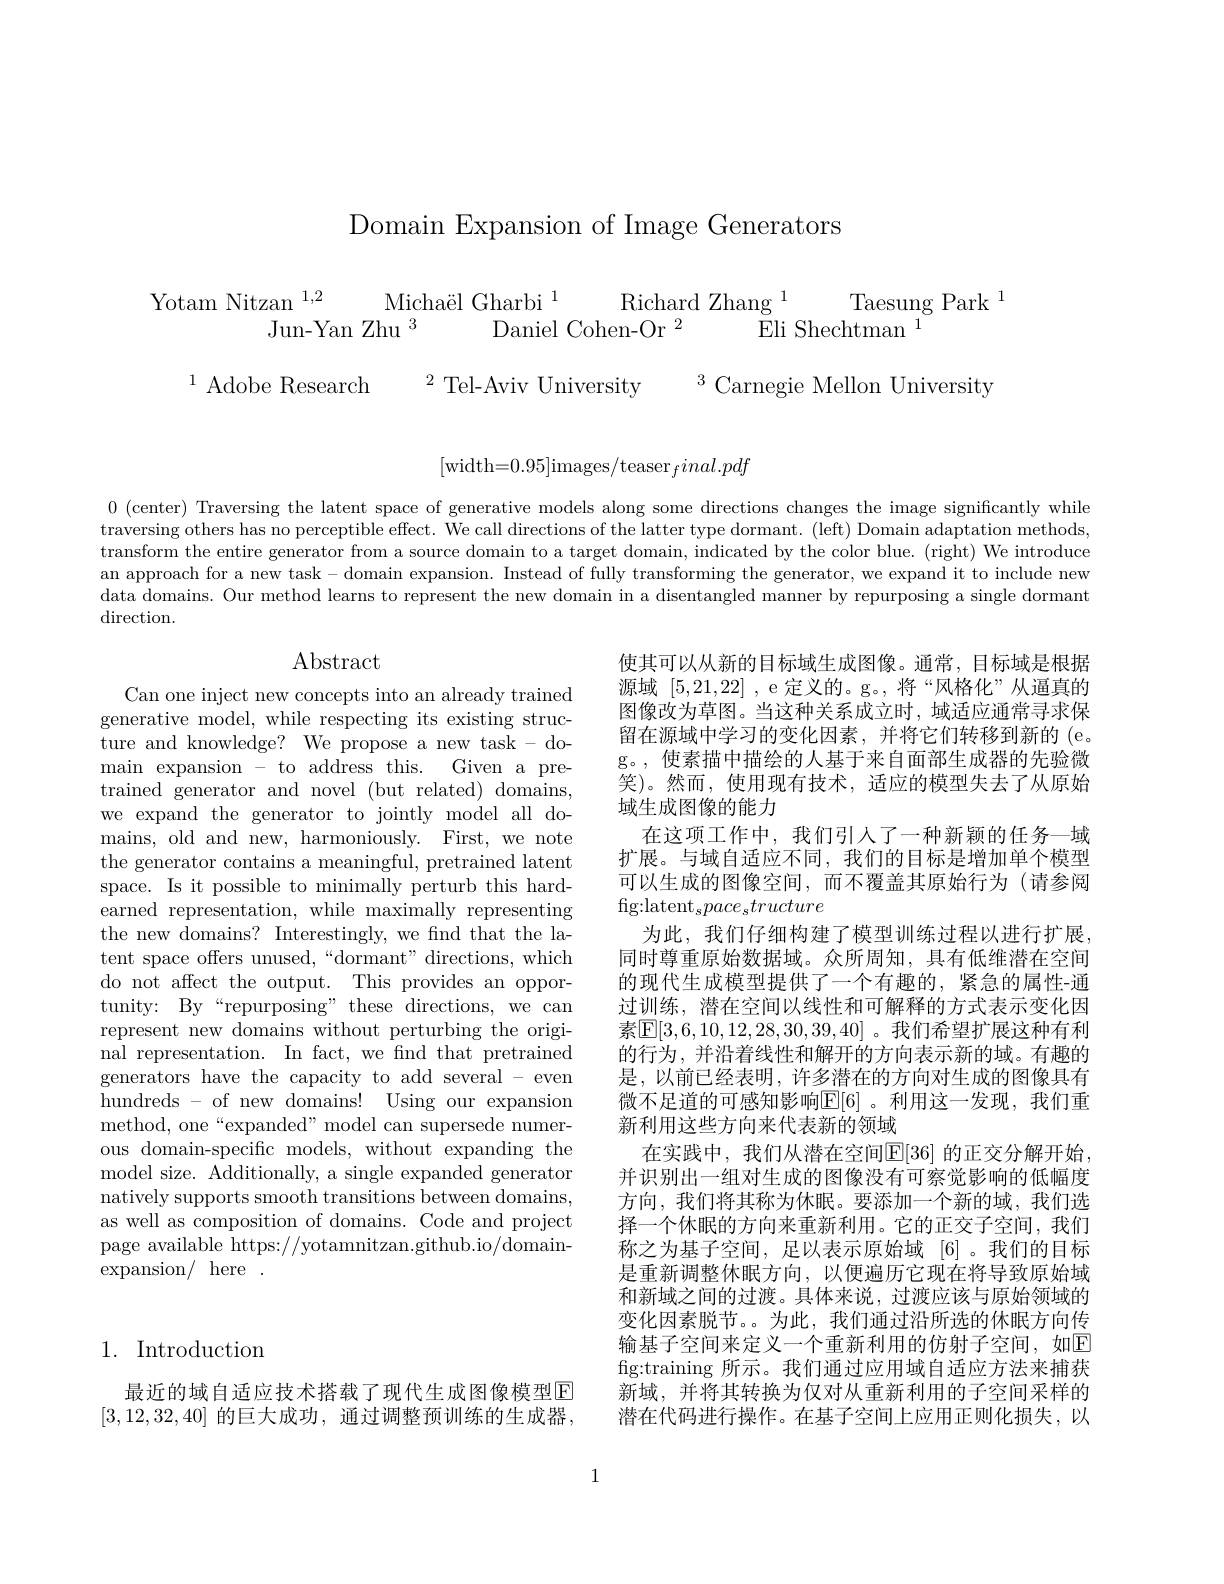
Domain Expansion of Image Generators

$\begin{array}{c}\mathrm{Yotam~Nitzan~}^{1,2}&\text{Michaël Gharbi}^{1}&\text{Richard Zhang}^{1}&\text{Taesung Park}\\\text{Jun-Yan Zhu}^{3}&\text{Daniel Cohen-Or}^{2}&\text{Eli Shechtman}^{1}\end{array}$

$^{1}$ Adobe Research

$^{2}$ Tel-Aviv University

$^3$Carnegie Mellon University
$$\text{[width=0.95]images/teaser}_final.pdf$$
0 (center) Traversing the latent space of generative models along some directions changes the image significantly while traversing others has no perceptible effect. We call directions of the latter type dormant. (left) Domain adaptation methods, transform the entire generator from a source domain to a target domain, indicated by the color blue. (right) We introduce an approach for a new task- domain expansion. Instead of fully transforming the generator, we expand it to include new data domains. Our method learns to represent the new domain in a disentangled manner by repurposing a single dormant direction.

## $\operatorname{Abstract}$

Can one inject new concepts into an already trained generative model, while respecting its existing structure and knowledge? We propose a new task- domain expansion - to address this. Given a pretrained generator and novel (but related) domains, we expand the generator to jointly model all domains, old and new, harmoniously. First, we note the generator contains a meaningful, pretrained latent space. Is it possible to minimally perturb this hardearned representation, while maximally representing the new domains? Interestingly, we find that the latent space offers unused,“dormant" directions, which do not affect the output. This provides an opportunity: By“repurposing” these directions, we can represent new domains without perturbing the original representation. In fact, we fnd that pretrained generators have the capacity to add several - even hundreds - of new domains! Using our expansion method, one“expanded” model can supersede numerous domain-specific models, without expanding the model size. Additionally, a single expanded generator natively supports smooth transitions between domains, as well as composition of domains. Code and project page available https://yotamnitzan.github.io/domain- ${\mathrm{expansion/~here~.}}$

使其可以从新的目标域生成图像。通常，目标域是根据源域[5,21,22] ,e 定义的。g。,将“风格化”从逼真的图像改为草图。当这种关系成立时，域适应通常寻求保留在源域中学习的变化因素，并将它们转移到新的(e。g。,使素描中描绘的人基于来自面部生成器的先验微笑)。然而，使用现有技术，适应的模型失去了从原始域生成图像的能力
在这项工作中，我们引人了一种新颖的任务—域扩展。与域自适应不同，我们的目标是增加单个模型可以生成的图像空间，而不覆盖其原始行为(请参阅$\mathrm{fig:latent}_{s}pace_{s}tructure$
为此，我们仔细构建了模型训练过程以进行扩展， 同时尊重原始数据域。众所周知，具有低维潜在空间的现代生成模型提供了一个有趣的，紧急的属性-通过训练，潜在空间以线性和可解释的方式表示变化因素$\boxed{\mathbb{E}}[3,6,10,12,28,30,39,40]$ 。我们希望扩展这种有利的行为，并沿着线性和解开的方向表示新的域。有趣的是，以前已经表明，许多潜在的方向对生成的图像具有微不足道的可感知影响$\mathbb{E}[6]$ 。利用这一发现，我们重新利用这些方向来代表新的领域
在实践中，我们从潜在空间$\mathbb{E}[36]$ 的正交分解开始， 并识别出一组对生成的图像没有可察觉影响的低幅度方向，我们将其称为休眠。要添加一个新的域，我们选择一个休眠的方向来重新利用。它的正交子空间，我们称之为基子空间，足以表示原始域[6]。我们的目标是重新调整休眠方向，以便遍历它现在将导致原始域和新域之间的过渡。具体来说，过渡应该与原始领域的变化因素脱节。。为此，我们通过沿所选的休眠方向传输基子空间来定义一个重新利用的仿射子空间，如E fig:training 所示。我们通过应用域自适应方法来捕获新域，并将其转换为仅对从重新利用的子空间采样的潜在代码进行操作。在基子空间上应用正则化损失，以

## 1. Introduction

最近的域自适应技术搭载了现代生成图像模型$\overline{\mathrm{E}}$ [3,12,32,40] 的巨大成功，通过调整预训练的生成器，

1